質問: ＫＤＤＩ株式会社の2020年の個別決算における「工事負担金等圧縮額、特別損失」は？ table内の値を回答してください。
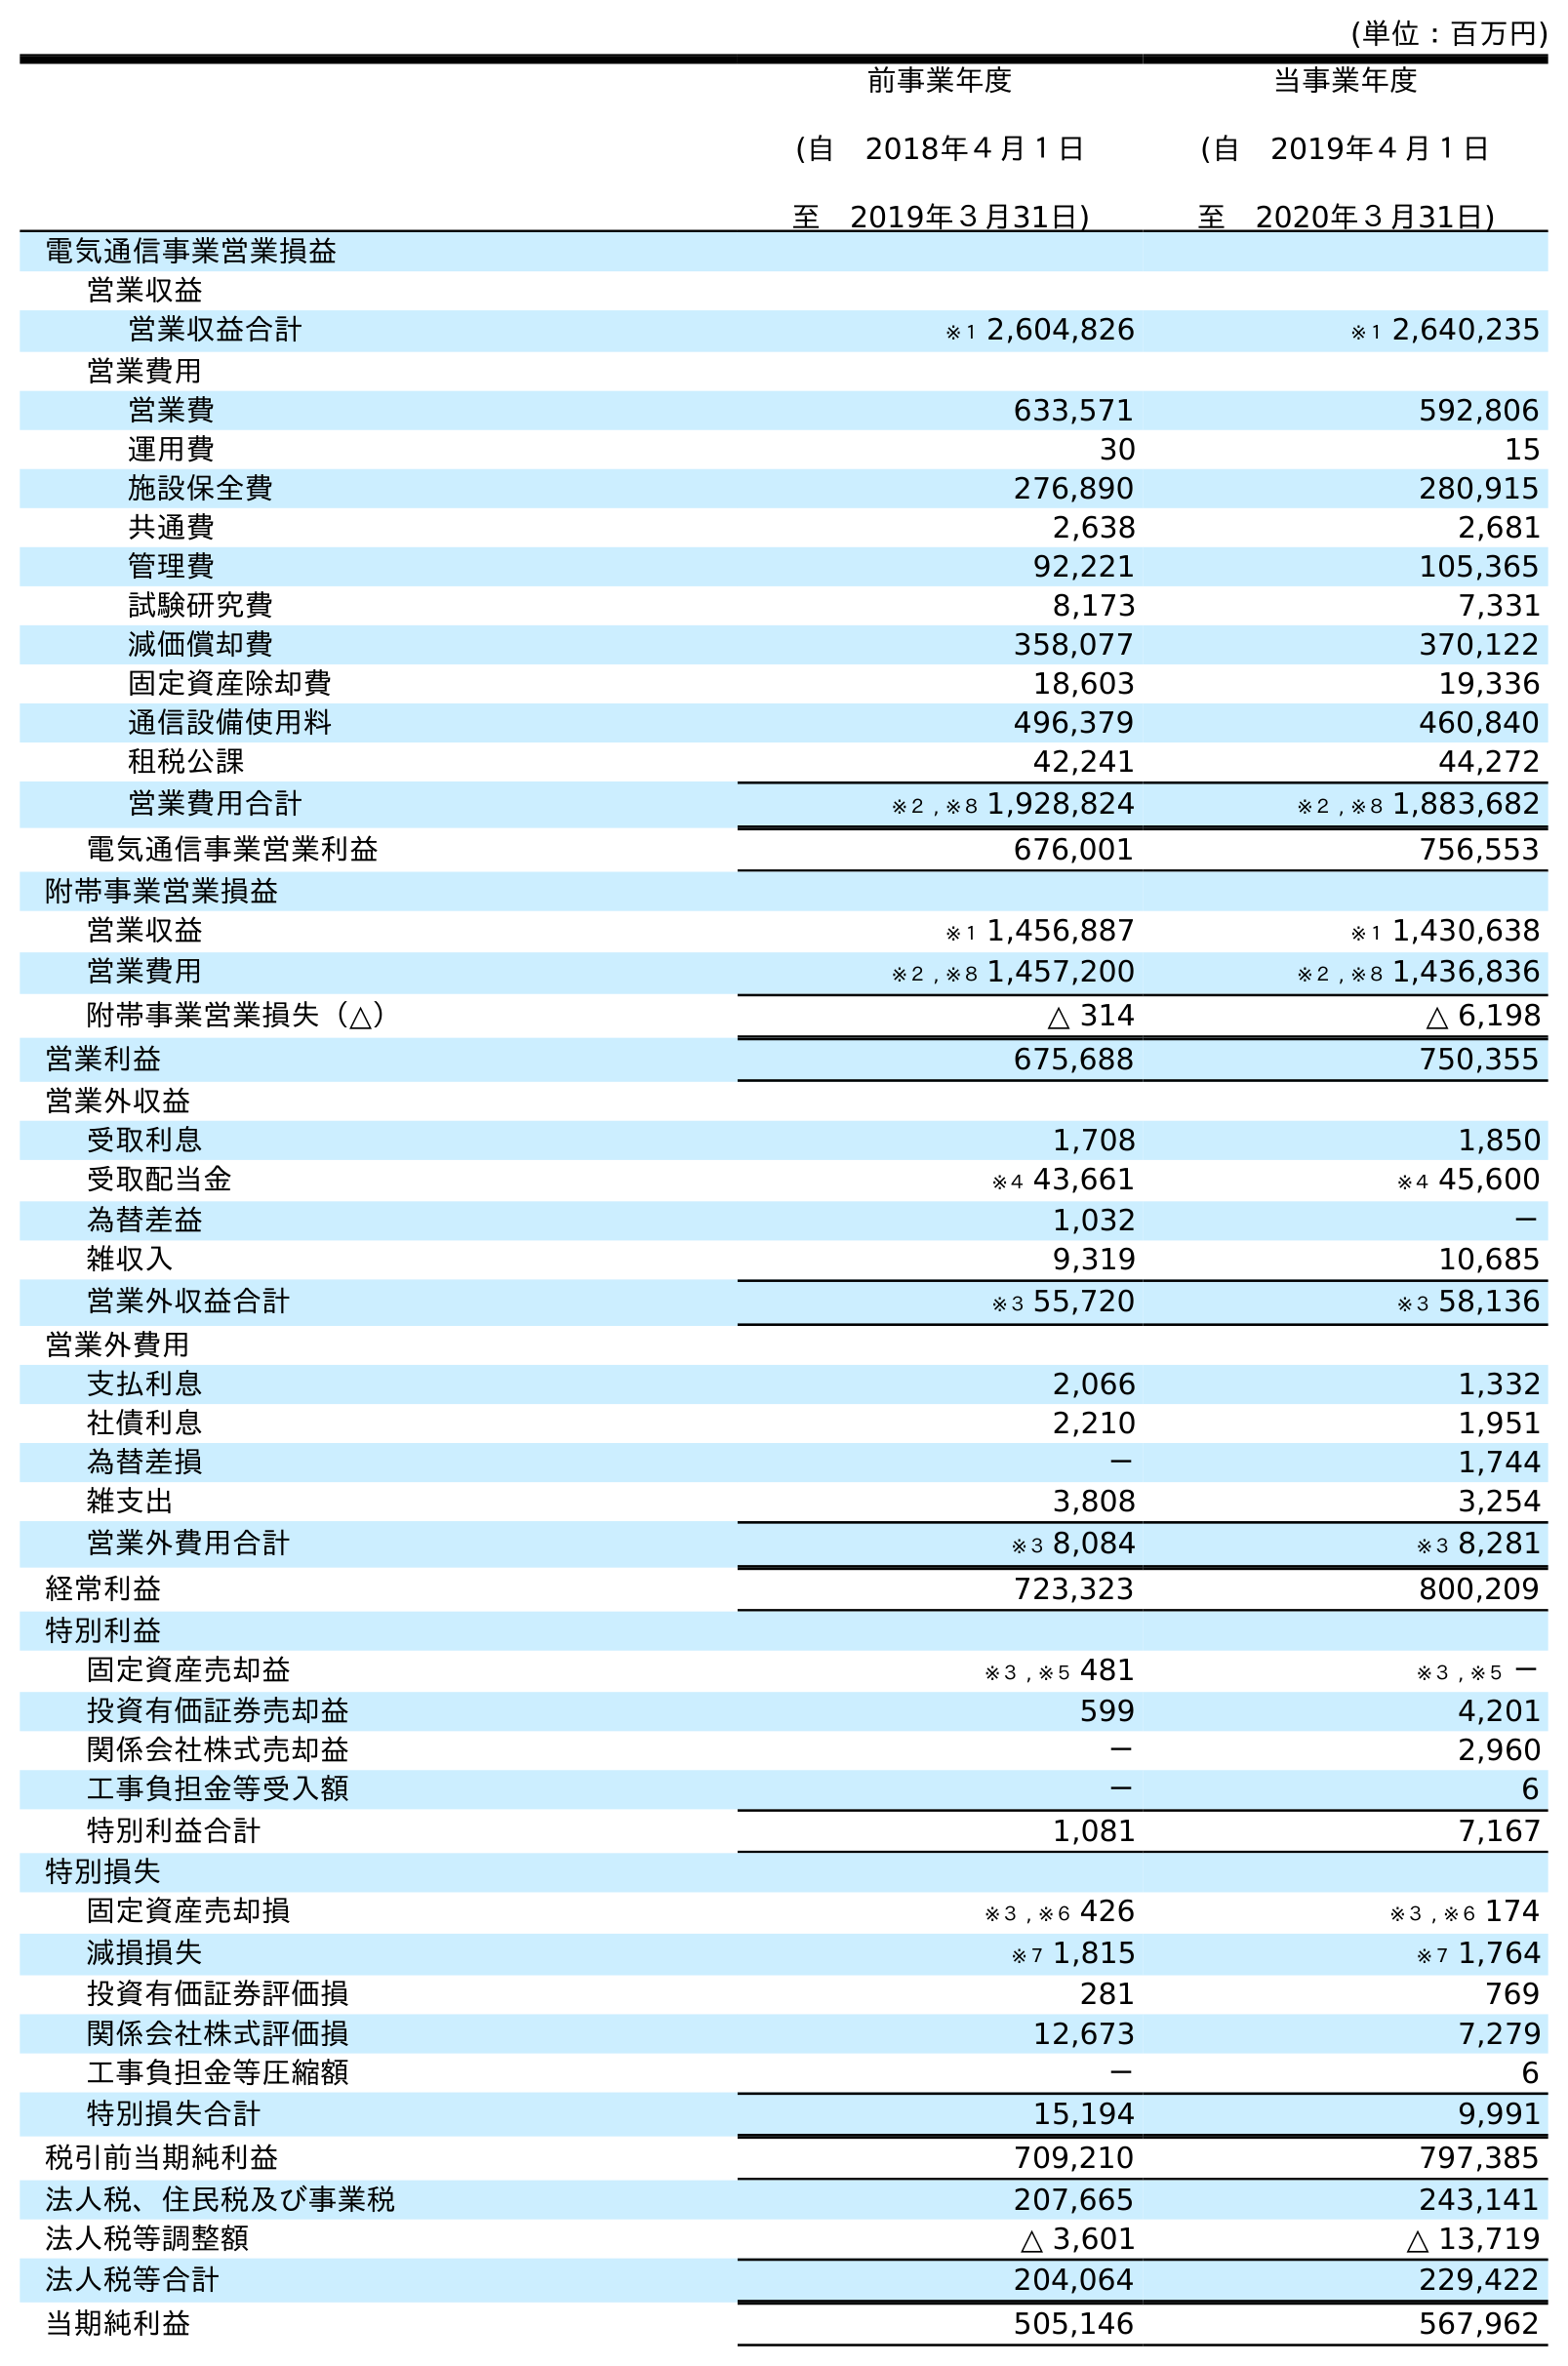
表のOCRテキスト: (単位：百万円) 前事業年度 (自 2018年４月１日 至 2019年３月31日) 当事業年度 (自 2019年４月１日 至 2020年３月31日) 電気通信事業営業損益 営業収益 営業収益合計 ※１ 2,604,826 ※１ 2,640,235 営業費用 営業費 633,571 592,806 運用費 30 15 施設保全費 276,890 280,915 共通費 2,638 2,681 管理費 92,221 105,365 試験研究費 8,173 7,331 減価償却費 358,077 370,122 固定資産除却費 18,603 19,336 通信設備使用料 496,379 460,840 租税公課 42,241 44,272 営業費用合計 ※２ , ※８ 1,928,824 ※２ , ※８ 1,883,682 電気通信事業営業利益 676,001 756,553 附帯事業営業損益 営業収益 ※１ 1,456,887 ※１ 1,430,638 営業費用 ※２ , ※８ 1,457,200 ※２ , ※８ 1,436,836 附帯事業営業損失（△） △ 314 △ 6,198 営業利益 675,688 750,355 営業外収益 受取利息 1,708 1,850 受取配当金 ※４ 43,661 ※４ 45,600 為替差益 1,032 － 雑収入 9,319 10,685 営業外収益合計 ※３ 55,720 ※３ 58,136 営業外費用 支払利息 2,066 1,332 社債利息 2,210 1,951 為替差損 － 1,744 雑支出 3,808 3,254 営業外費用合計 ※３ 8,084 ※３ 8,281 経常利益 723,323 800,209 特別利益 固定資産売却益 ※３ , ※５ 481 ※３ , ※５ － 投資有価証券売却益 599 4,201 関係会社株式売却益 － 2,960 工事負担金等受入額 － 6 特別利益合計 1,081 7,167 特別損失 固定資産売却損 ※３ , ※６ 426 ※３ , ※６ 174 減損損失 ※７ 1,815 ※７ 1,764 投資有価証券評価損 281 769 関係会社株式評価損 12,673 7,279 工事負担金等圧縮額 － 6 特別損失合計 15,194 9,991 税引前当期純利益 709,210 797,385 法人税、住民税及び事業税 207,665 243,141 法人税等調整額 △ 3,601 △ 13,719 法人税等合計 204,064 229,422 当期純利益 505,146 567,962
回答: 6